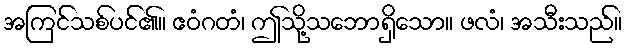
အကြင်သစ်ပင်၏။ ဧဝံဂတံ၊ ဤသို့သဘောရှိသော။ ဖလံ၊ အသီးသည်။